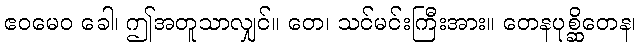
ဧဝမေဝ ခေါ၊ ဤအတူသာလျှင်။ တေ၊ သင်မင်းကြီးအား။ တေနပုစ္ဆိတေန၊